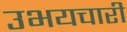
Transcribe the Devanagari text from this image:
उभयचारी